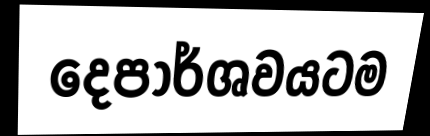
දෙපාර්ශවයටම